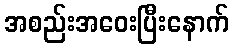
အစည်းအဝေးပြီးနောက်